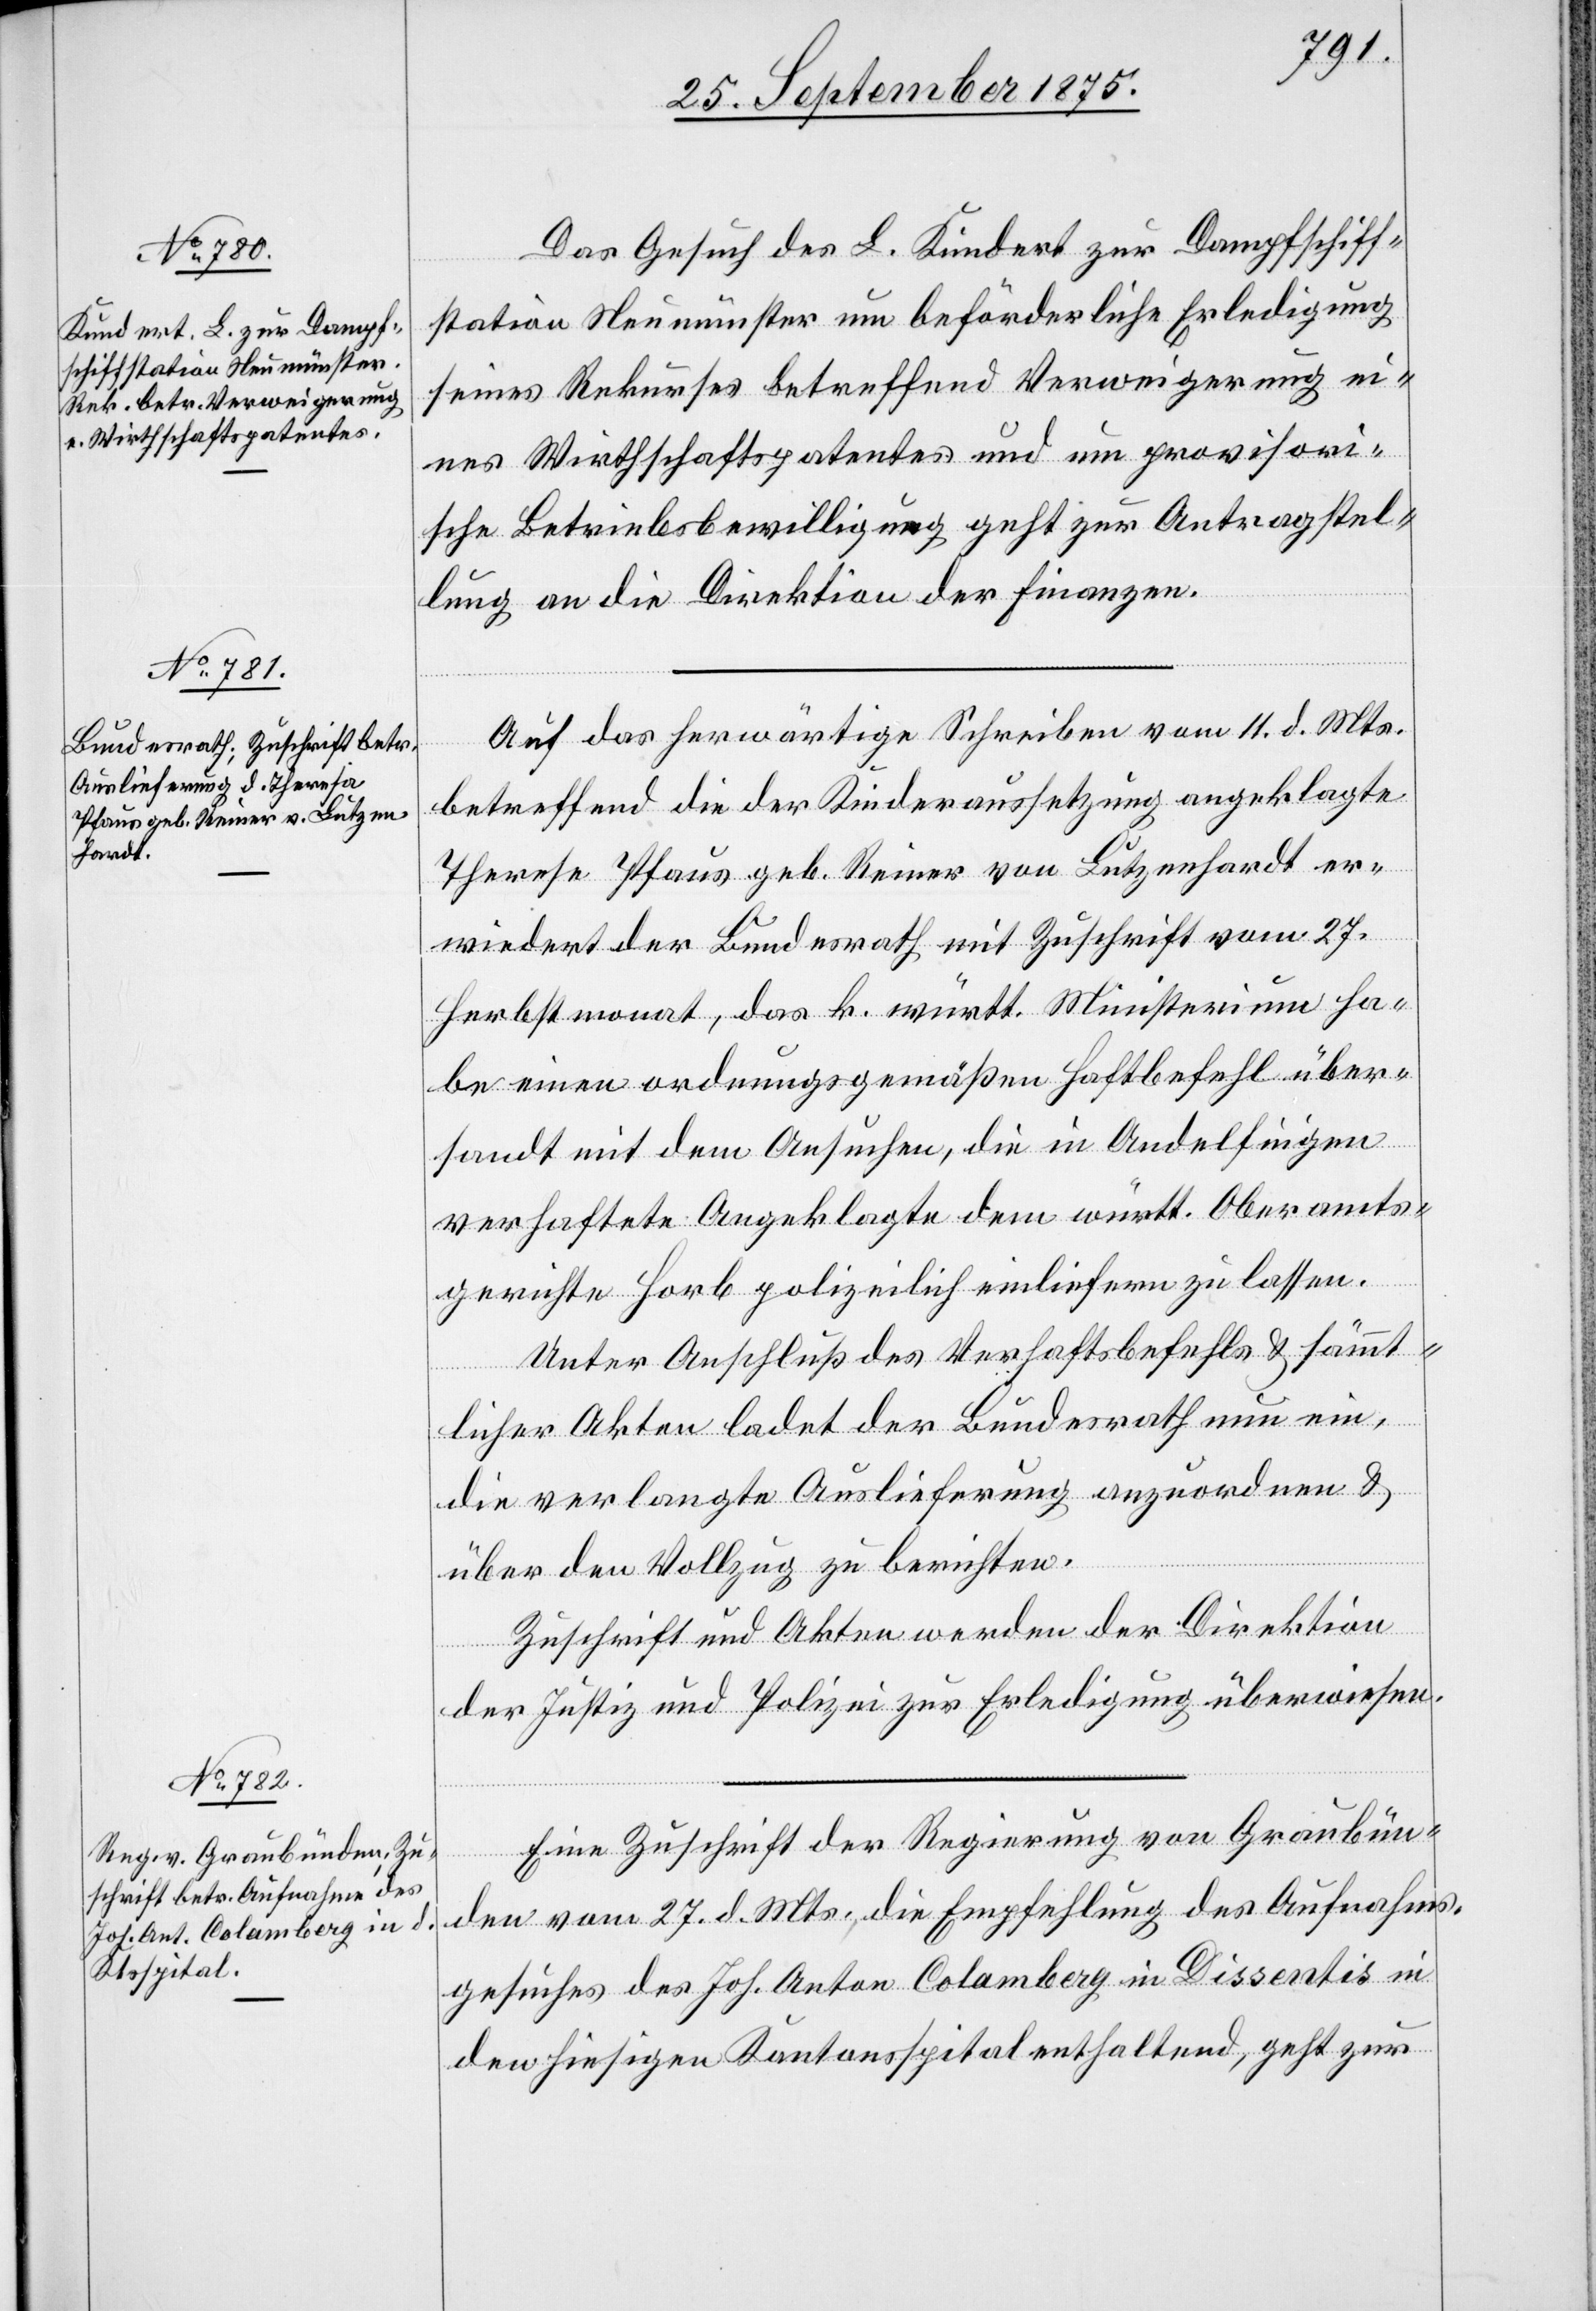
Pfaus geb. Reiner von Lutzen¬
hardt

29. September 1875.]
Das Gesuch des L. Kundert zur Dampfschiff¬
station Neumünster um beförderliche Erledigung
seines Rekurses betreffend Verweigerung ei¬
nes Wirthschaftspatentes und um provisori¬
sche Betriebsbewilligung geht zur Antragstel¬
lung an die Direktion der Finanzen.
Auf das herwärtige Schreiben vom 11. d. Mts.
betreffend die der Kinderaussetzung angeklagte
wiedert der Bundesrath mit Zuschrift vom 27.
Herbstmonat, das k. württ. Ministerium ha¬
be einen ordnungsgemäßen Haftbefehl über¬
sandt mit dem Ansuchen, die in Andelfingen
verhaftete Angeklagte dem württ. Oberamts¬
gerichte Horb polizeilich einliefern zu lassen.
Unter Anschluß des Verhaftsbefehls & sämmt¬
er¬
licher Akten ladet der Bundesrath nun ein,
die verlangte Auslieferung anzuordnen &
über den Vollzug zu berichten.
Zuschrift und Akten werden der Direktion
der Justiz und Polizei zur Erledigung überwiesen.
Eine Zuschrift der Regierung von Graubün¬
den vom 27. d. Mts., die Empfehlung des Aufnahms¬
gesuches des Joh. Anton Colamberg in Dissentis in
den hiesigen Kantonsspital enthaltend, geht zur